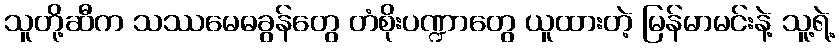
သူတို့ဆီက သဿမေဓခွန်တွေ တံစိုးပဏ္ဍာတွေ ယူထားတဲ့ မြန်မာမင်းနဲ့ သူ့ရဲ့